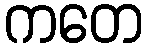
ကတေ